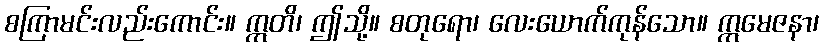
စကြာမင်းလည်းကောင်း။ ဣတိ၊ ဤသို့။ စတုရော၊ လေးယောက်ကုန်သော။ ဣမေဇနာ၊